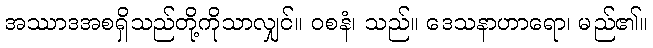
အဿာဒအစရှိသည်တို့ကိုသာလျှင်။ ဝစနံ၊ သည်။ ဒေသနာဟာရော၊ မည်၏။